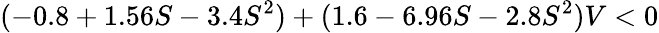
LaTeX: (-0.8+1.56S-3.4S^{2})+(1.6-6.96S-2.8S^{2})V<0